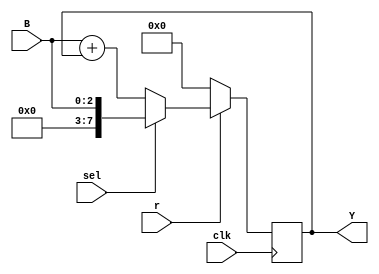
module acc(B,Y,clk,r,sel);

input wire [2:0] B;
input wire clk,r,sel;
output reg [7:0] Y;
wire [7:0] sum;
wire [7:0] mux;

assign sum = {5'b00000,B} + Y;
assign mux = (sel) ? {5'b00000,B} : sum;

always @ (posedge clk)
begin
	if(r==1'b0)
		Y <= 8'b0000_0000;
	else
		Y <= mux;
end

endmodule